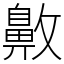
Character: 𪖖